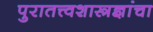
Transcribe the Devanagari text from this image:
पुरातत्त्वशास्त्रज्ञांचा